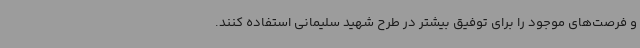
و فرصت‌های موجود را برای توفیق بیشتر در طرح شهید سلیمانی استفاده کنند.